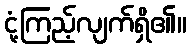
ငုံ့ကြည့်လျက်ရှိ၏။